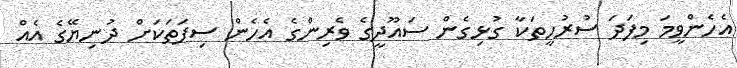
އެހެންވީމަ މިފަދަ ސުރުހީތަކާ ގުޅިގެން ސައޫދީގެ ވެރިންގެ އެހެން ސިފަތަކަށް ދުނިޔޭގެ އެއް